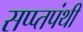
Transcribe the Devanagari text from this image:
सप्प्तपंथी